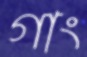
গাং